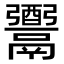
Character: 𩱗